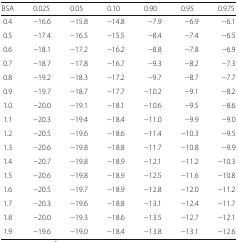
<table><thead><tr><td><b>BSA</b></td><td><b>0.025</b></td><td><b>0.05</b></td><td><b>0.10</b></td><td><b>0.90</b></td><td><b>0.95</b></td><td><b>0.975</b></td></tr></thead><tbody><tr><td>0.4</td><td>−16.6</td><td>−15.8</td><td>−14.8</td><td>−7.9</td><td>−6.9</td><td>−6.1</td></tr><tr><td>0.5</td><td>−17.4</td><td>−16.5</td><td>−15.5</td><td>−8.4</td><td>−7.4</td><td>−6.5</td></tr><tr><td>0.6</td><td>−18.1</td><td>−17.2</td><td>−16.2</td><td>−8.8</td><td>−7.8</td><td>−6.9</td></tr><tr><td>0.7</td><td>−18.7</td><td>−17.8</td><td>−16.7</td><td>−9.3</td><td>−8.2</td><td>−7.3</td></tr><tr><td>0.8</td><td>−19.2</td><td>−18.3</td><td>−17.2</td><td>−9.7</td><td>−8.7</td><td>−7.7</td></tr><tr><td>0.9</td><td>−19.7</td><td>−18.7</td><td>−17.7</td><td>−10.2</td><td>−9.1</td><td>−8.2</td></tr><tr><td>1.0</td><td>−20.0</td><td>−19.1</td><td>−18.1</td><td>−10.6</td><td>−9.5</td><td>−8.6</td></tr><tr><td>1.1</td><td>−20.3</td><td>−19.4</td><td>−18.4</td><td>−11.0</td><td>−9.9</td><td>−9.0</td></tr><tr><td>1.2</td><td>−20.5</td><td>−19.6</td><td>−18.6</td><td>−11.4</td><td>−10.3</td><td>−9.5</td></tr><tr><td>1.3</td><td>−20.6</td><td>−19.8</td><td>−18.8</td><td>−11.7</td><td>−10.8</td><td>−9.9</td></tr><tr><td>1.4</td><td>−20.7</td><td>−19.8</td><td>−18.9</td><td>−12.1</td><td>−11.2</td><td>−10.3</td></tr><tr><td>1.5</td><td>−20.6</td><td>−19.8</td><td>−18.9</td><td>−12.5</td><td>−11.6</td><td>−10.8</td></tr><tr><td>1.6</td><td>−20.5</td><td>−19.7</td><td>−18.9</td><td>−12.8</td><td>−12.0</td><td>−11.2</td></tr><tr><td>1.7</td><td>−20.3</td><td>−19.6</td><td>−18.8</td><td>−13.1</td><td>−12.4</td><td>−11.7</td></tr><tr><td>1.8</td><td>−20.0</td><td>−19.3</td><td>−18.6</td><td>−13.5</td><td>−12.7</td><td>−12.1</td></tr><tr><td>1.9</td><td>−19.6</td><td>−19.0</td><td>−18.4</td><td>−13.8</td><td>−13.1</td><td>−12.6</td></tr></tbody></table>